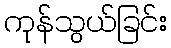
ကုန်သွယ်ခြင်း